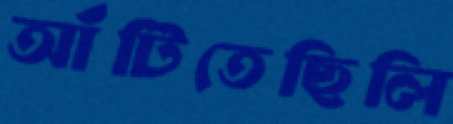
আঁটিতেছিলি